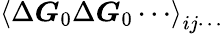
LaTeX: \left\langle\Delta\boldsymbol{G}_{0}\Delta\boldsymbol{G}_{0}\cdots\right\rangle_{ij\cdots}